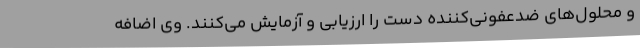
و محلول‌های ضدعفونی‌کننده دست را ارزیابی و آزمایش می‌کنند. وی اضافه